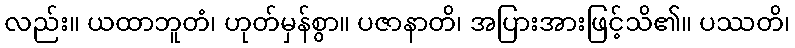
လည်း။ ယထာဘူတံ၊ ဟုတ်မှန်စွာ။ ပဇာနာတိ၊ အပြားအားဖြင့်သိ၏။ ပဿတိ၊